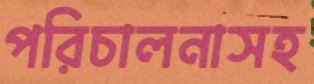
পরিচালনাসহ